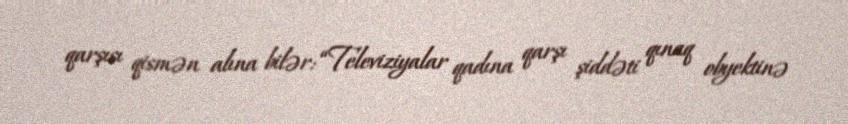
qarşısı qismən alına bilər: “Televiziyalar qadına qarşı şiddəti qınaq obyektinə